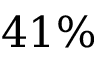
4 1 \%